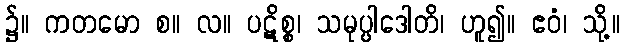
၌။ ကတမော စ။ လ။ ပဋိစ္စ၊ သမုပ္ပါဒေါတိ၊ ဟူ၍။ ဧဝံ၊ သို့။